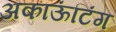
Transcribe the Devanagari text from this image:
अकाऊंटिंग